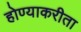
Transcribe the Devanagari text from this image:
होण्याकरीता